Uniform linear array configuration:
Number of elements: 4
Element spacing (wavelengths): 1
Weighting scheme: hann
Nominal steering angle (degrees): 30
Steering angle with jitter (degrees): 31.755
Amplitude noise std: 0.05
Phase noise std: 0.05

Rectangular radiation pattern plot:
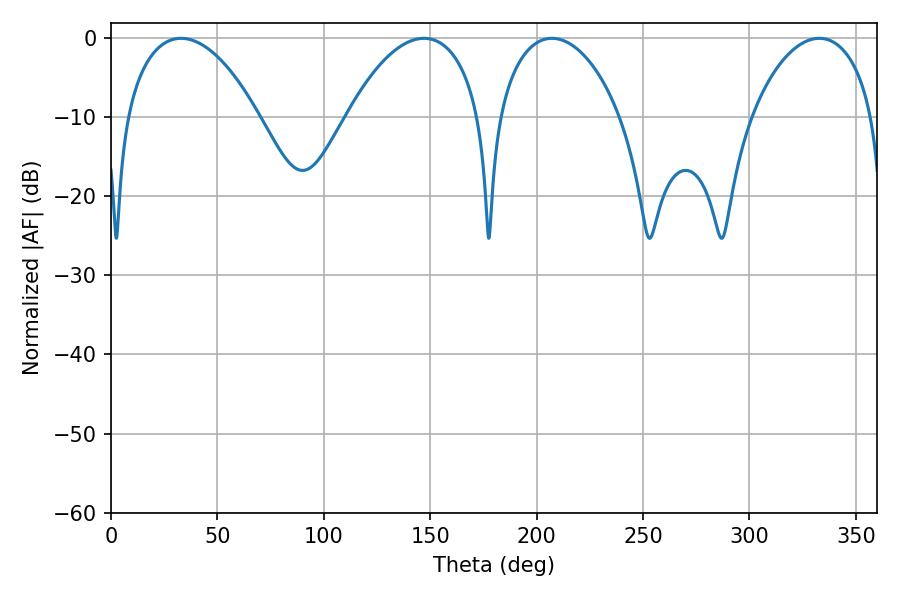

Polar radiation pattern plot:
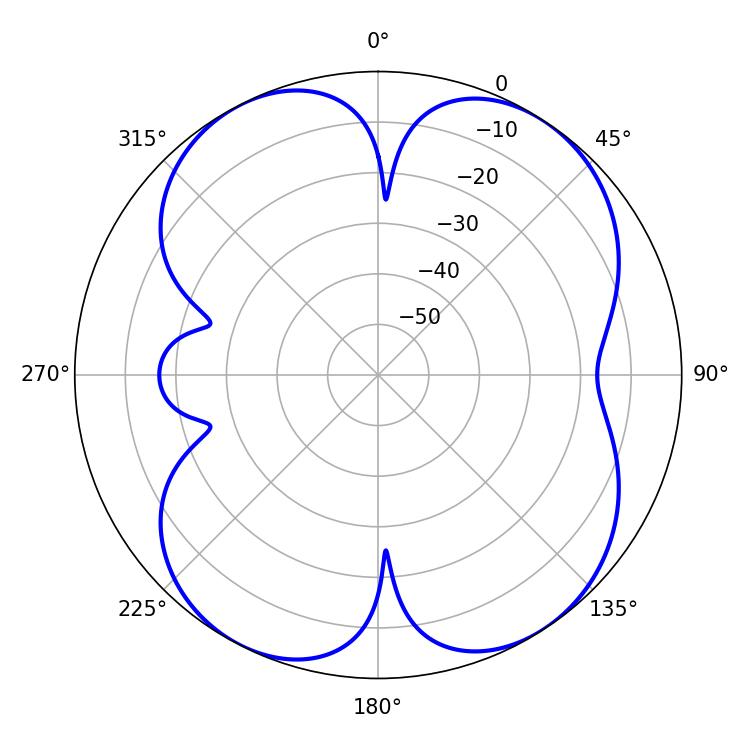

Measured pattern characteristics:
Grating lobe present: TRUE
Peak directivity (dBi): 10.483
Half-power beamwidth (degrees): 32.94
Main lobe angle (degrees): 207.18